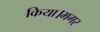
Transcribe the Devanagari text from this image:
किया।मगर